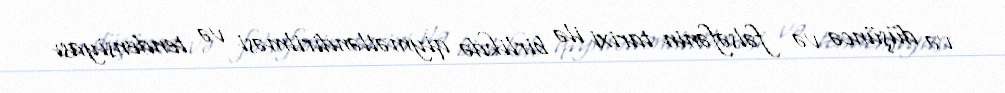
və düşüncə və fəlsəfənin tarixi ilə birlikdə qiymətləndirilməsi və tendensiyası